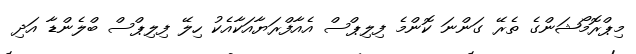
މިޕްރޮމޯޝަންގެ ތެރޭ ގަންނަ ކޮންމެ ފިލިޕްސް އެއާފްރަޔާއަކާއެކު ހިލޭ ފިލިޕްސް ބްލެންޑާ އަދި